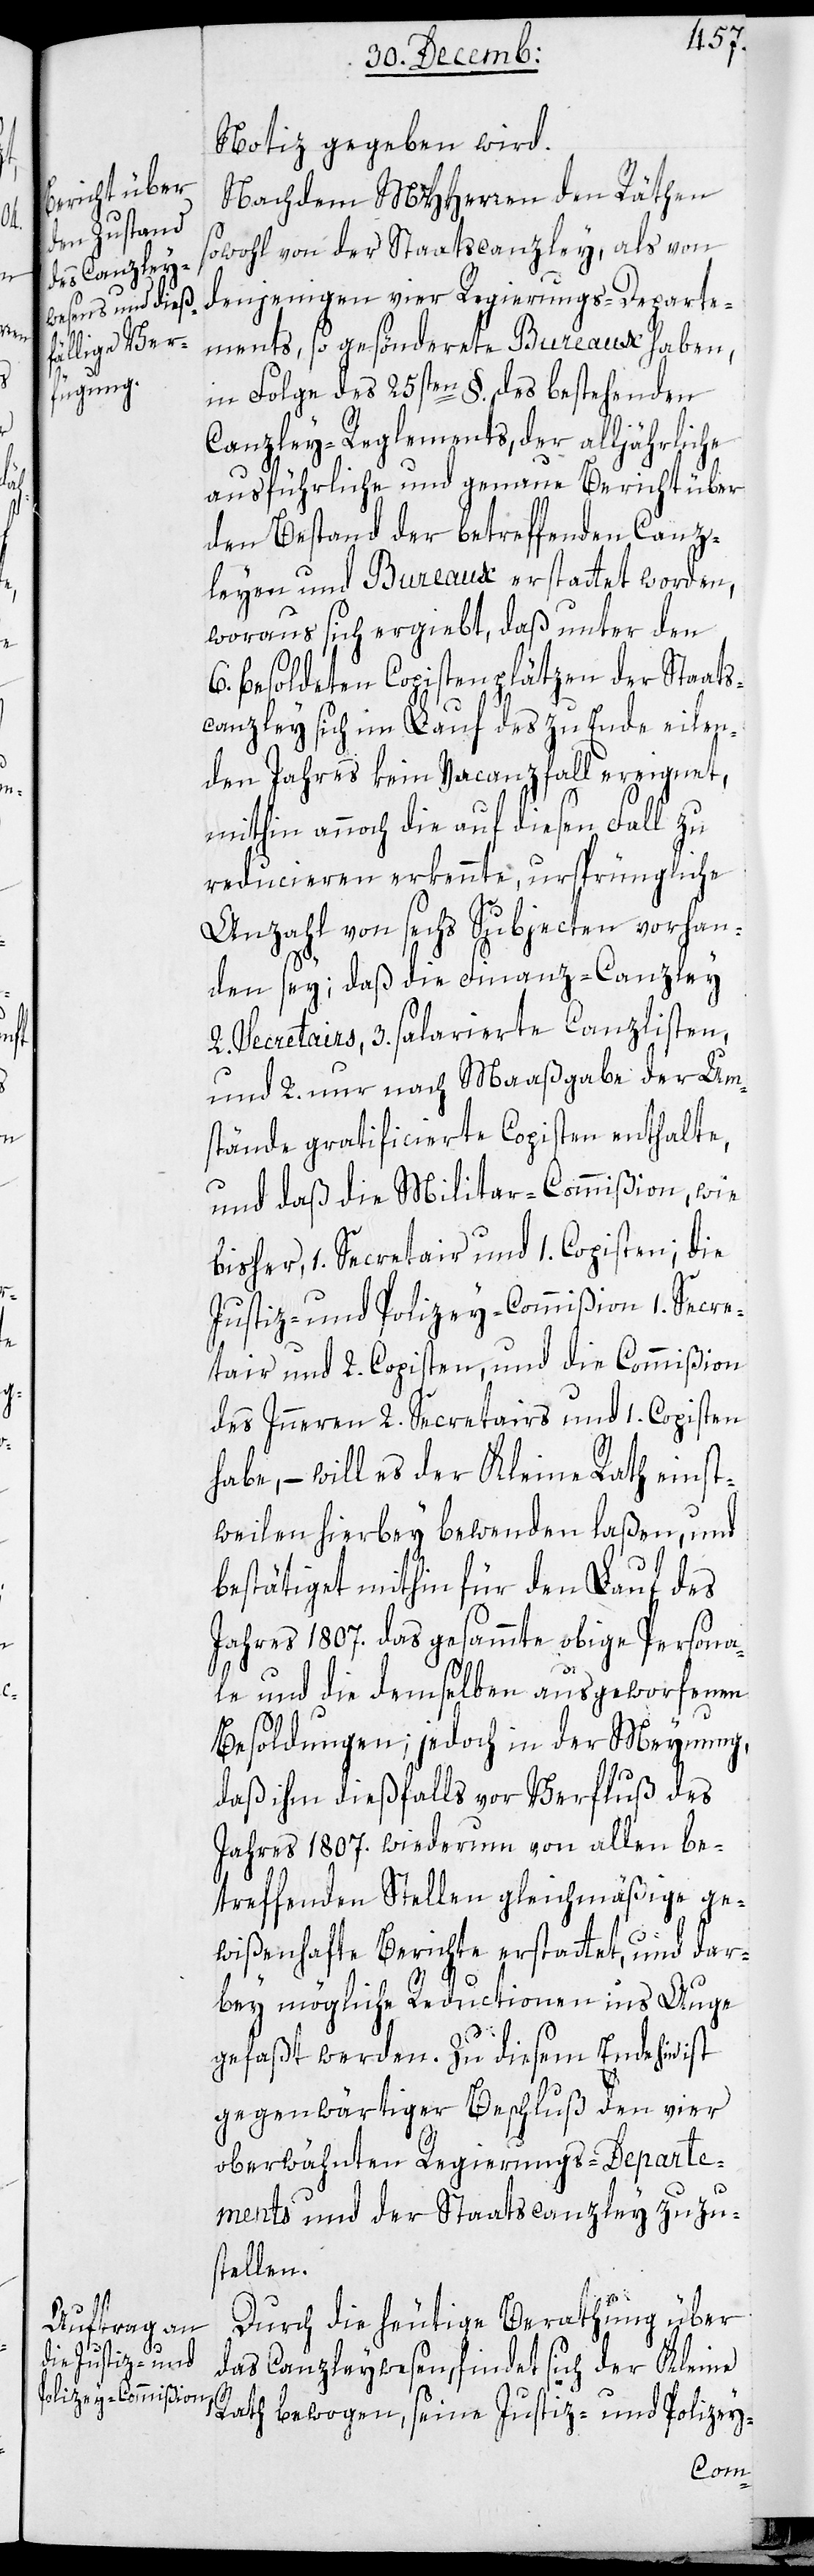
Notiz gegeben wird.
Nachdem MHHerren den Räthen
sowohl von der Staatscanzley, als von
denjenigen vier Regierungs-Departe¬
ments, so gesönderte Bureaux haben,
in Folge des 25sten §. des bestehenden
Canzley-Reglements, der alljährliche
ausführliche und genaue Bericht über
den Bestand der betreffenden Canz¬
leyen und Bureaux erstattet worden,
woraus sich ergiebt, daß unter den
6. besoldeten Copistenplätzen der Staats¬
canzley sich im Lauf des zu Ende eilen¬
den Jahres kein Vacanzfall ereignet,
mithin annoch die auf diesen Fall zu
reducieren erkennte, ursprüngliche
Anzahl von sechs Subjecten vorhan¬
den sey; daß die Finanz-Canzley
2. Secretairs, 3. salarierte Canzlisten,
und 2. nur nach Maaßgabe der Um¬
stände gratificierte Copisten enthalte;
und daß die Miltar-Commißion wie
bisher 1. Secretair und 1. Copisten; die
Justiz- und Polizey-Commißion 1. Secre¬
tair und 2. Copisten; und die Commißion
des Inneren 2. Secretairs und 1. Copisten
habe; – will es der Kleine Rath einst¬
weilen hierbey bewenden laßen, und
bestätiget mithin für den Lauf des
Jahres 1807. das gesammte obige Persona¬
le und die demselben ausgeworfenen
Besoldungen, jedoch in der Meynung,
daß ihm dießfalls vor Verfluß des
Jahres 1807. wiederum von allen be¬
treffenden Stellen gleichmäßige ge¬
wißenhafte Berichte erstattet, und dar¬
bei mögliche Reductionen ins Auge
gefaßt werden. Zu diesem Ende hin ist
gegenwärtiger Beschluß den vier
oberwähnten Regierungs-Departe¬
ments und der Staatscanzley zuzu¬
stellen.
Durch die heutige Berathung über
das Canzleywesen, findet sich der Kleine
Rath bewogen, seine Justiz- und Polizey-